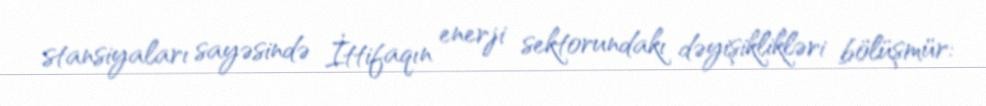
stansiyaları sayəsində İttifaqın enerji sektorundakı dəyişiklikləri bölüşmür: